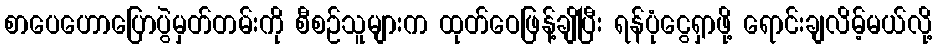
စာပေဟောပြောပွဲမှတ်တမ်းကို စီစဉ်သူများက ထုတ်ဝေဖြန့်ချိပြီး ရန်ပုံငွေရှာဖို့ ရောင်းချလိမ့်မယ်လို့